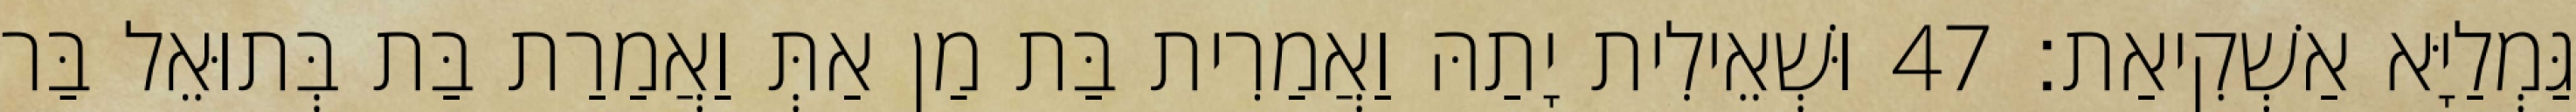
גַּמְלַיָּא אַשְׁקִיאַת׃ 47 וּשְׁאֵילִית יָתַהּ וַאֲמַרִית בַּת מַן אַתְּ וַאֲמַרַת בַּת בְּתוּאֵל בַּר